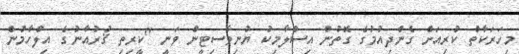
މިހަރަކާތް ކުރިއަށް ގެންދިއުމުގެ ގޮތުން އިސްލާމިކު ޔުނިވާސިޓީން ވަނީ "ކީރިތި ޤުރުއާނުގެ އިލްހާމުން